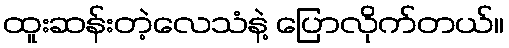
ထူးဆန်းတဲ့လေသံနဲ့ ပြောလိုက်တယ်။